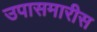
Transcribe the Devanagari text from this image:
उपासमारीस